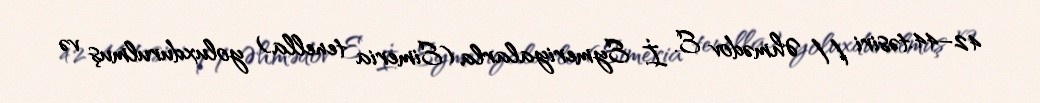
42–44.təsiri // Əhmədov E. İ. Eymeriyalarla (Eimeria tenella) yoluxdurulmuş və